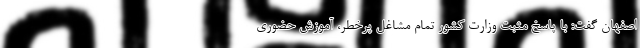
اصفهان گفت: با پاسخ مثبت وزارت کشور تمام مشاغل پرخطر، آموزش حضوری